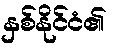
နှစ်နိုင်ငံ၏